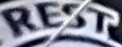
REST